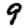
Digit: 9